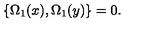
\lbrace \Omega _ { 1 } ( x ) , \Omega _ { 1 } ( y ) \rbrace = 0 .